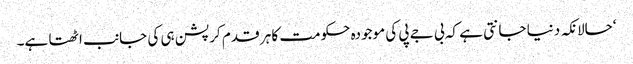
‘حالانکہ دنیا جانتی ہے کہ بی جے پی کی موجودہ حکومت کا ہر قدم کرپشن ہی کی جانب اٹھتا ہے۔